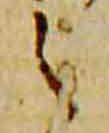
之